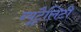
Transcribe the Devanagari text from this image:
न्यूट्रैलिटी